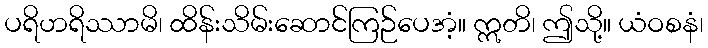
ပရိဟရိဿာမိ၊ ထိန်းသိမ်းဆောင်ကြဉ်ပေအံ့။ ဣတိ၊ ဤသို့။ ယံဝစနံ၊